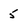
Character: 5